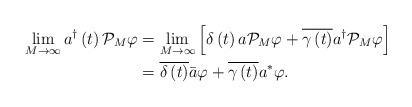
LaTeX: \begin{align*}\lim_{M\rightarrow\infty}a^{\dag}\left( t\right) \mathcal{P}_{M}\varphi &=\lim_{M\rightarrow\infty}\left[ \delta\left( t\right) a\mathcal{P}_{M}\varphi+\overline{\gamma\left( t\right) }a^{\dag}\mathcal{P}_{M}\varphi\right] \\& =\overline{\delta\left( t\right) }\bar{a}\varphi+\overline{\gamma\left(t\right) }a^{\ast}\varphi.\end{align*}